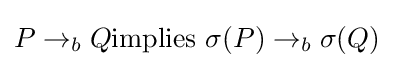
P\rightarrow _{b}Q{\mbox{implies }}\sigma (P)\rightarrow _{b}\sigma (Q)